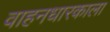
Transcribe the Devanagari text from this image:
वाहनधारकाला